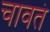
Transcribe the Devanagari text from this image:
चावतं